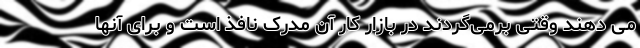
می دهند وقتی برمی‌گردند در بازار کار آن مدرک نافذ است و برای آنها